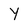
Character: Y